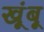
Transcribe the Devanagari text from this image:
खूंबू